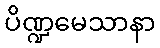
ပိဏ္ဍမေသာနာ